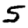
Digit: 5